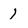
Character: 1